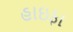
હાઇફા